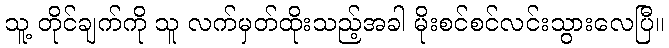
သူ့ တိုင်ချက်ကို သူ လက်မှတ်ထိုးသည့်အခါ မိုးစင်စင်လင်းသွားလေပြီ။